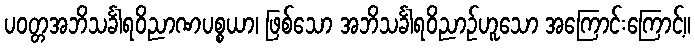
ပဝတ္တအဘိသင်္ခါရဝိညာဏပစ္စယာ၊ ဖြစ်သော အဘိသင်္ခါရဝိညာဉ်ဟူသော အကြောင်းကြောင့်။